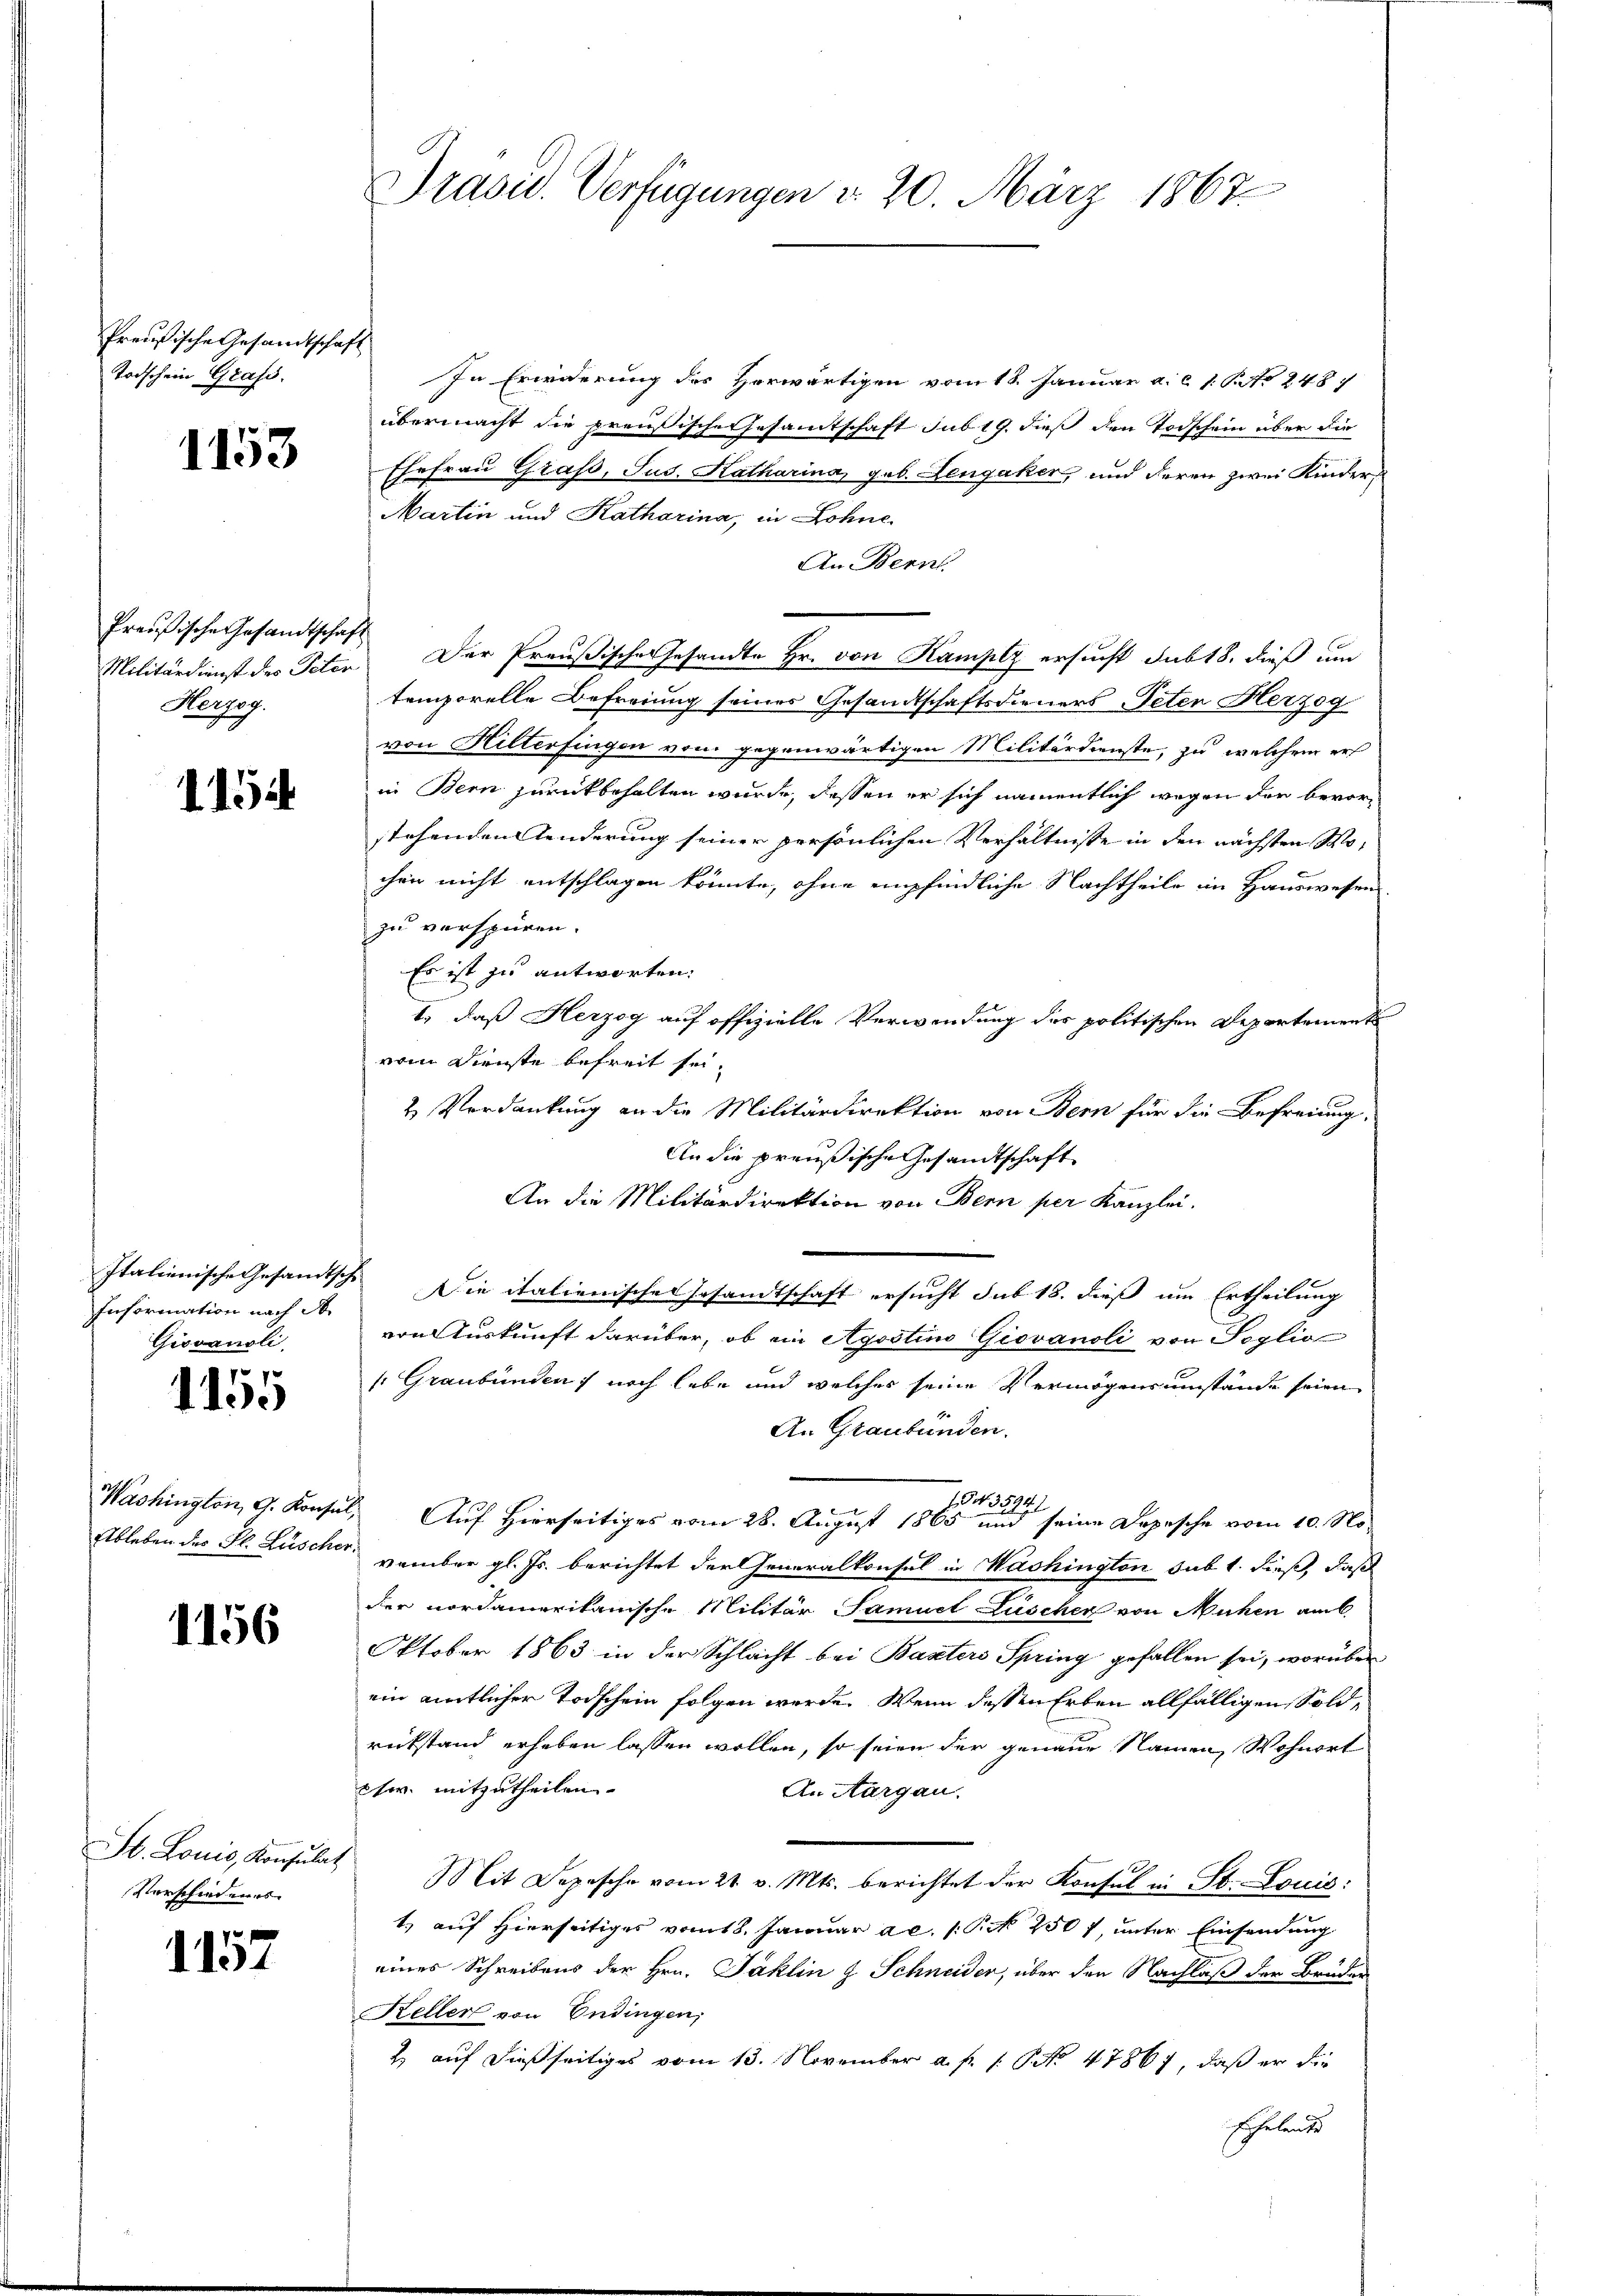
Preußische Gesandtschaft
Todschein Grafs.

1153

Preußische Gesandtschaft
Herzog.

1154

Information nach der
Giovanoli,

1155

1156

Vorschiedenes

1157

In Erwiderung des Herwärtigen vom 18. Januar a. c. 1. P. No 248.
übermacht die preußische Gesamtschaft sub 19. dieß den Todschein über die
Ehefrau Grafs, Jus. Katharina, geb. Lengaker, und deren zwei Kinder¬
Martin und Katharina, in Lohne
An Bern
n
Militärdienst des Peter. Der Preußisches Gesandte Hr. von Kampiz ersucht sub 18. dieß um
temporelle Befreiung seiner Gesandtschaftsdieners Peten Herzog
von Hilterfingen vom gegenwärtigen Militärdienste, zu welchem er
in Bern zurückbehalten würde, dessen er sich namentlich wegen der bevorstehenden Aenderung seiner persönlichen Verhältnisse in den nächsten Mochen nicht entschlagen könnte, ohne empfindliche Nachtheile im Hauswesen
zu verspüren.
Es ist zu antworten:
1.) daß Herzog auf offizielle Verwendung des politischen Departement
vom Dienste befreit sei¬
& Verdankung an die Militärdirektion von Bern für die Befreiung:
An die preußische Gesandtschaft
An die Militärdirektion von Bern per Kanzlei.
Italienische Gesandtsch. Die italienischer Gesandtschaft ersucht sub 18. dieß um Ertheilung
von Auskunft darüber, ob ein Agostius Giovanoli von Toglio
 Graubünden noch lebe und welches seine Vermögensumstände seien
An Graubünden.
Washington, 9. Konsul, Auf Hierseitiges vom 28. August 1860 in seine Depesche vom 10. No¬
Ableben des Fl. Lüscher vember gl. Js. berichtet der Generalkonsul in Washington sub 1. dieß, daß
der nordamerikanische Militär Samuel Lüschen von Mühen am
Oktober 1863 in der Schlacht bei Basters Spring gefallen sei, worüber
ein amtlicher Todschein folgen werde. Wenn dessen Erben allfälligen Soldrückstand erheben lassen wollen, so seien der genaue Namen Wohnort
chw. mitzutheilen.
An Aargau.
St. Louis, Konsulat Mit Depesche vom 21. v. Mts. berichtet der Konsul in St. Louis:
t. auf Hierseitiges vom 18. Januar ac. 1 S. 2507, unter Einsendung
eines Schreibens der Hrn. Jäklin & Schneider, über den Nachlaß der Bruder
Keller von Endingen,
& auf dießseitiges vom 13. November a. p. 1. No. 47867, daß er die
Ehelende

Präsid. Verfügungen d. 20. März 1867